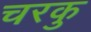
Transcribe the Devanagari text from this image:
चरकु